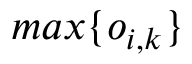
m a x \{ o _ { i , k } \}